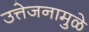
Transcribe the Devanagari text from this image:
उत्तेजनामुळे